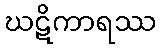
ဃဋိကာရဿ